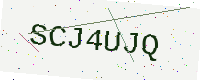
Text: SCJ4UJQ